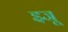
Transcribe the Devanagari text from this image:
इजू